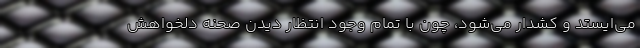
می‌ایستد و کشدار می‌شود، چون با تمام وجود انتظار دیدن صحنه دلخواهش